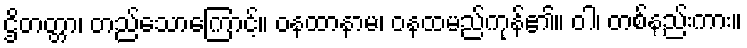
ဌိတတ္တာ၊ တည်သောကြောင့်။ ဝနထာနာမ၊ ဝနထမည်ကုန်၏။ ဝါ၊ တစ်နည်းကား။